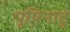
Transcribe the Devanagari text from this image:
पूष़िनाटु